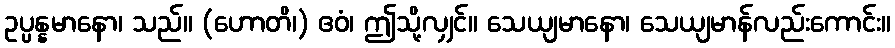
ဥပ္ပန္နမာနော၊ သည်။ (ဟောတိ၊) ဧဝံ၊ ဤသို့လျှင်။ သေယျမာနော၊ သေယျမာန်လည်းကောင်း။